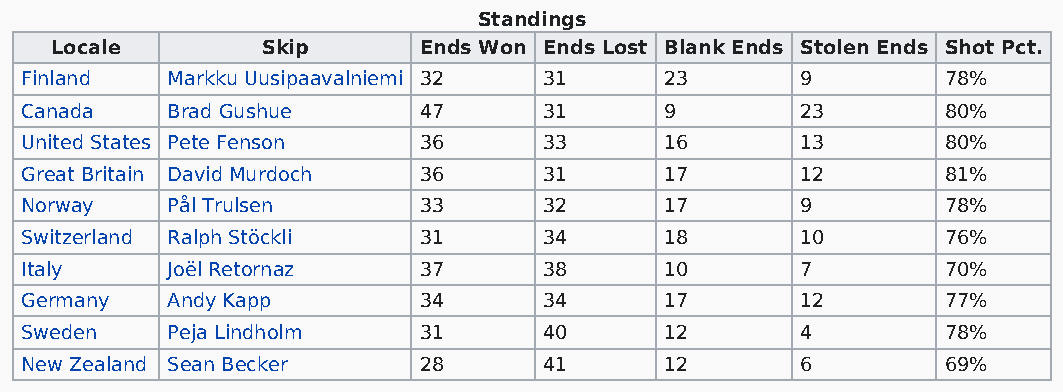
Standings
 Locale        Skip       Ends Won Ends Lost Blank Ends Stolen Ends Shot Pct.
 Finland   Markku Uusipaavalniemi 32 31     23       9         78%
 Canada    Brad Gushue      47      31      9        23        80%
 United States Pete Fenson  36      33      16       13        80%
 Great Britain David Murdoch 36     31      17       12        81%
 Norway    Pål Trulsen      33      32      17       9         78%
 Switzerland Ralph Stöckli  31      34      18       10        76%
 Italy     Joël Retornaz    37      38      10       7         70%
 Germany   Andy Kapp        34      34      17       12        77%
 Sweden    Peja Lindholm    31      40      12       4         78%
 New Zealand Sean Becker    28      41      12       6         69%